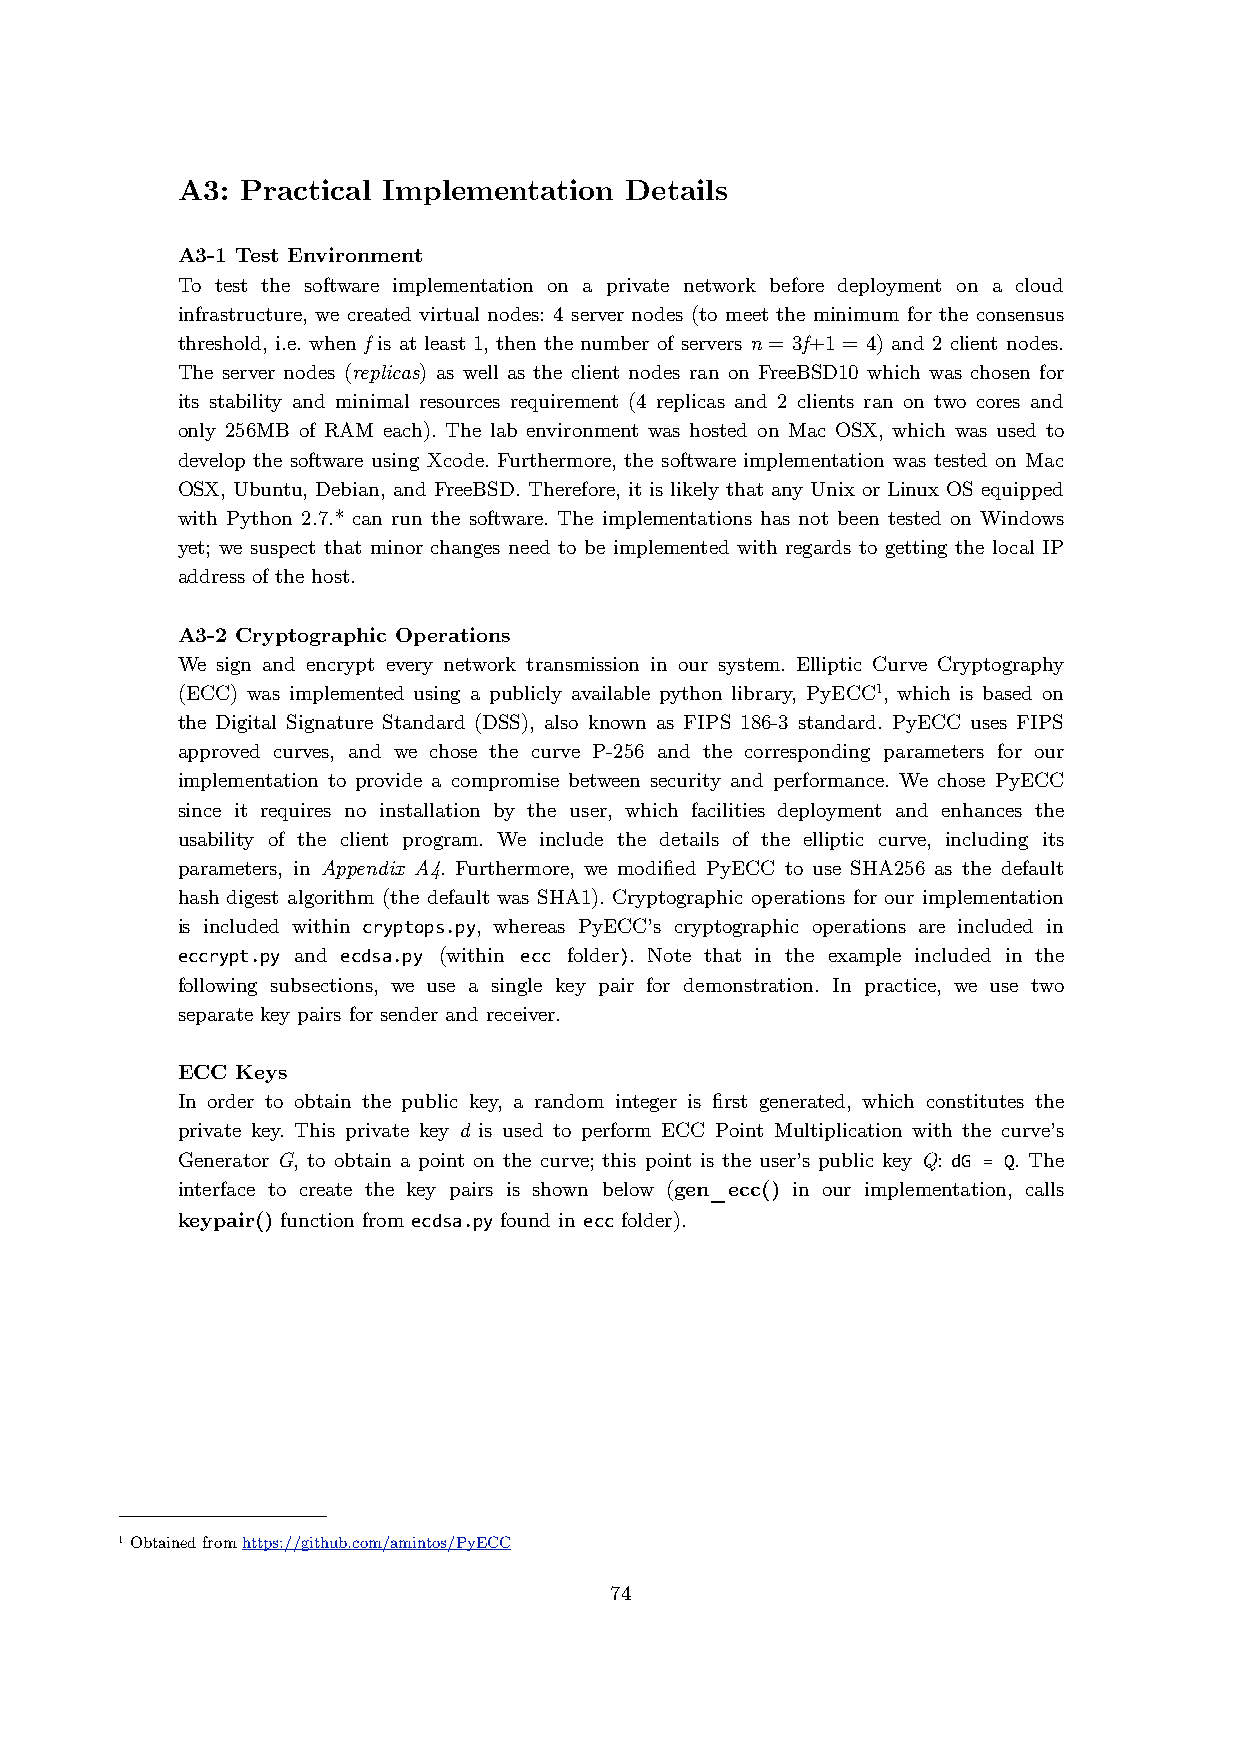
A3: Practical Implementation Details
 A3-1 Test Environment
 To test the software implementation on a private network before deployment on a cloud
 infrastructure, we created virtual nodes: 4 server nodes (to meet the minimum for the consensus
 threshold, i.e. when f is at least 1, then the number of servers n = 3f+1 = 4) and 2 client nodes.
 The server nodes (replicas) as well as the client nodes ran on FreeBSD10 which was chosen for
 its stability and minimal resources requirement (4 replicas and 2 clients ran on two cores and
 only 256MB of RAM each). The lab environment was hosted on Mac OSX, which was used to
 develop the software using Xcode. Furthermore, the software implementation was tested on Mac
 OSX, Ubuntu, Debian, and FreeBSD. Therefore, it is likely that any Unix or Linux OS equipped
 with Python 2.7.* can run the software. The implementations has not been tested on Windows
 yet; we suspect that minor changes need to be implemented with regards to getting the local IP
 address of the host.
 A3-2 Cryptographic Operations
 We sign and encrypt every network transmission in our system. Elliptic Curve Cryptography
 (ECC) was implemented using a publicly available python library, PyECC1, which is based on
 the Digital Signature Standard (DSS), also known as FIPS 186-3 standard. PyECC uses FIPS
 approved curves, and we chose the curve P-256 and the corresponding parameters for our
 implementation to provide a compromise between security and performance. We chose PyECC
 since it requires no installation by the user, which facilities deployment and enhances the
 usability of the client program. We include the details of the elliptic curve, including its
 parameters, in Appendix A4. Furthermore, we modified PyECC to use SHA256 as the default
 hash digest algorithm (the default was SHA1). Cryptographic operations for our implementation
 is included within cryptops.py, whereas PyECC’s cryptographic operations are included in
 eccrypt.py and ecdsa.py (within ecc folder). Note that in the example included in the
 following subsections, we use a single key pair for demonstration. In practice, we use two
 separate key pairs for sender and receiver.
 ECC Keys
 In order to obtain the public key, a random integer is first generated, which constitutes the
 private key. This private key d is used to perform ECC Point Multiplication with the curve’s
 Generator G, to obtain a point on the curve; this point is the user’s public key Q: dG = Q. The
 interface to create the key pairs is shown below (gen_ecc() in our implementation, calls
 keypair() function from ecdsa.py found in ecc folder).
 1 Obtained from https://github.com/amintos/PyECC
 74